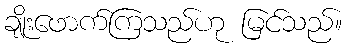
ချိုးဖောက်ကြသည်ဟု မြင်သည်။